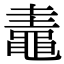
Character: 鼃